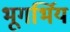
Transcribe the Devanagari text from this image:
भूगर्भिय